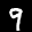
Label: 9